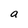
Character: a